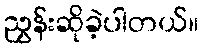
ညွှန်းဆိုခဲ့ပါတယ်။